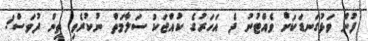
ފުން ވަޅުގަނޑަކަށް ވެއްޓުނު ދެ އަހަރުގެ ކުއްޖަކު ސަލާމަތް ނުކުރެވި ތިން ދުވަސް!